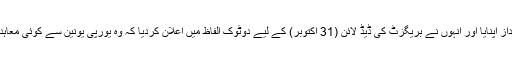
اگلے وزیراعظم بورس جانسن نے آتے ہی بریگزٹ پر جارحانہ انداز اپنایا اور انہوں نے بریگزٹ کی ڈیڈ لائن (31 اکتوبر) کے لیے دوٹوک الفاظ میں اعلان کردیا کہ وہ یورپی یونین سے کوئی معاہد ہ یا ڈیل ہوئے بنا اس مقررہ تاریخ کو یورپ سے نکل جائیں گے۔